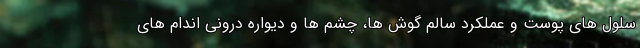
سلول های پوست و عملکرد سالم گوش ها، چشم ها و دیواره درونی اندام های